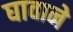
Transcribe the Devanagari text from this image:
घावाने